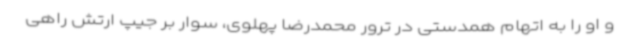
و او را به اتهام همدستی در ترور محمدرضا پهلوی، سوار بر جیپ ارتش راهی